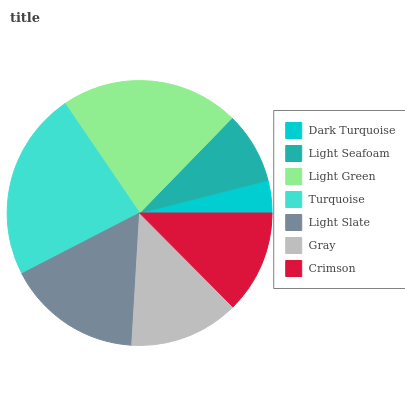
| Dark Turquoise | Light Seafoam | Light Green | Turquoise | Light Slate | Gray | Crimson |
 | --- | --- | --- | --- | --- | --- | --- |
 | 3.96% | 8.75% | 21.8% | 23.1% | 16.5% | 13.4% | 12.5% |